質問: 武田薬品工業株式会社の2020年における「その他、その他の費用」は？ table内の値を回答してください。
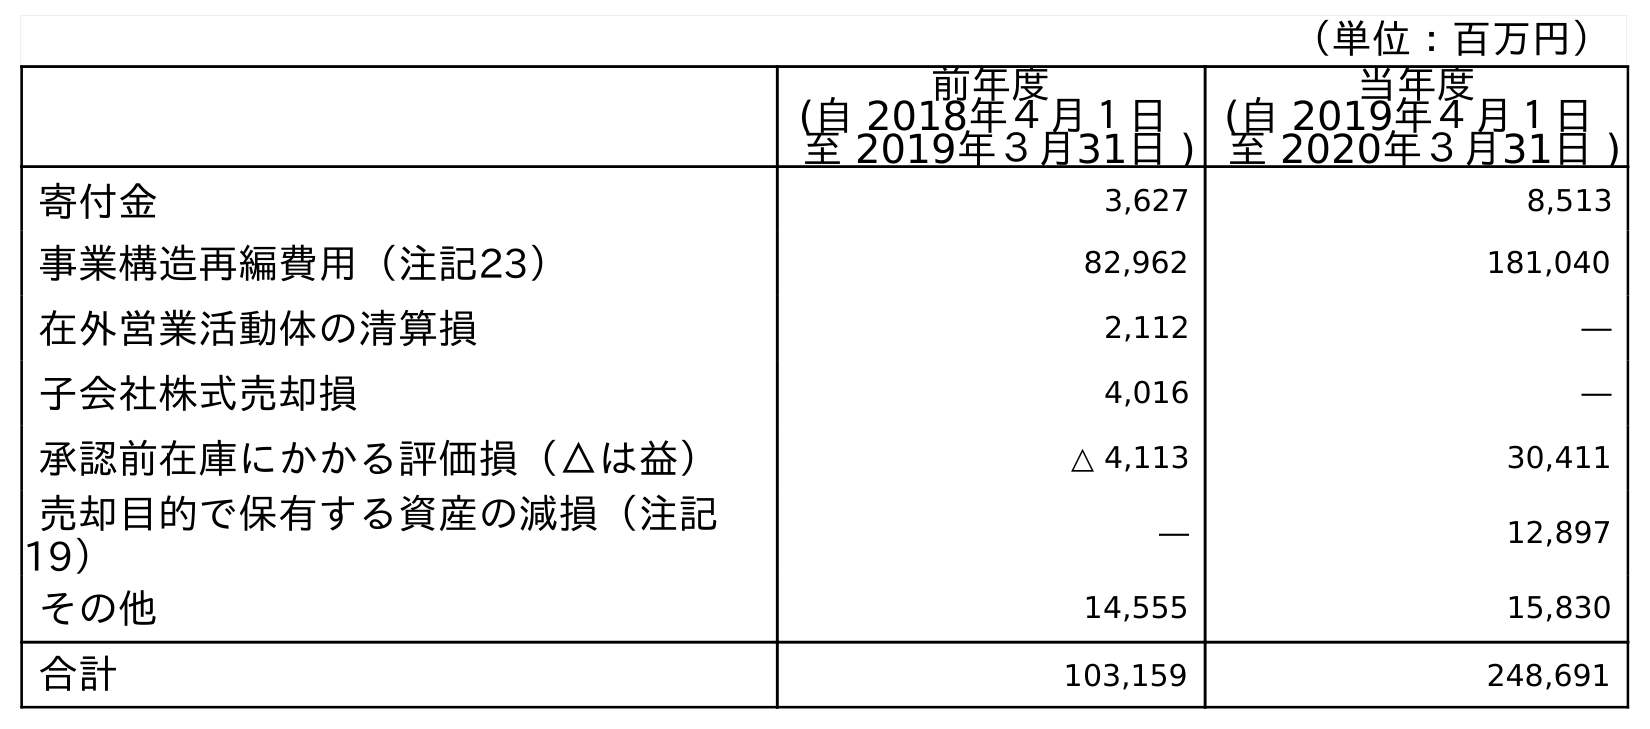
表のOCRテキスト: （単位：百万円） 前年度 (自 2018年４月１日 至 2019年３月31日 ) 当年度 (自 2019年４月１日 至 2020年３月31日 ) 寄付金 3,627 8,513 事業構造再編費用（注記23） 82,962 181,040 在外営業活動体の清算損 2,112 ― 子会社株式売却損 4,016 ― 承認前在庫にかかる評価損（△は益） △ 4,113 30,411 売却目的で保有する資産の減損（注記 19） ― 12,897 その他 14,555 15,830 合計 103,159 248,691
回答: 15,830